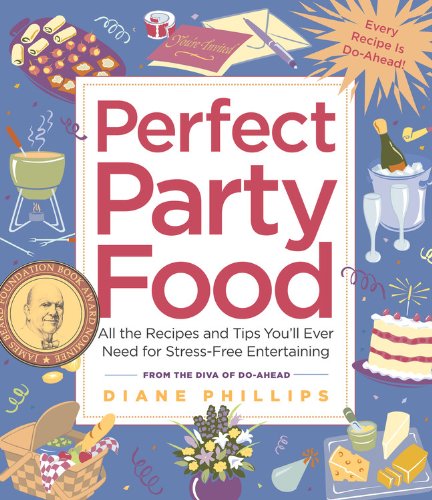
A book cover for Perfect Party Food: All the Recipes and Tips You'll Ever Need for Stress-Free Entertaining from the Diva of Do-Ahead; Diane Phillips; Cookbooks, Food & Wine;